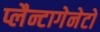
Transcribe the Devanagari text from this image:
प्लैन्टागेनेटों